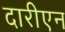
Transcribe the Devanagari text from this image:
दारीएन